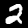
Label: 2